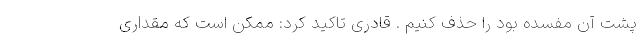
پشت آن مفسده بود را حذف کنیم . قادری تاکید کرد: ممکن است که مقداری